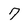
Character: 7